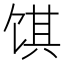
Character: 𬲽